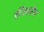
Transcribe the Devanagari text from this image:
कीलमैन